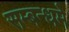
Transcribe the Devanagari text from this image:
सम्बन्धमे